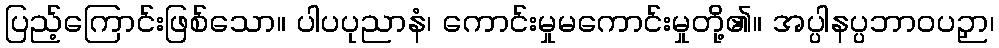
ပြည့်ကြောင်းဖြစ်သော။ ပါပပုညာနံ၊ ကောင်းမှုမကောင်းမှုတို့၏။ အပ္ပါနပ္ပဘာဝပဉှာ၊